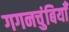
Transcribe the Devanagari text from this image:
गगनचुंबियाँ